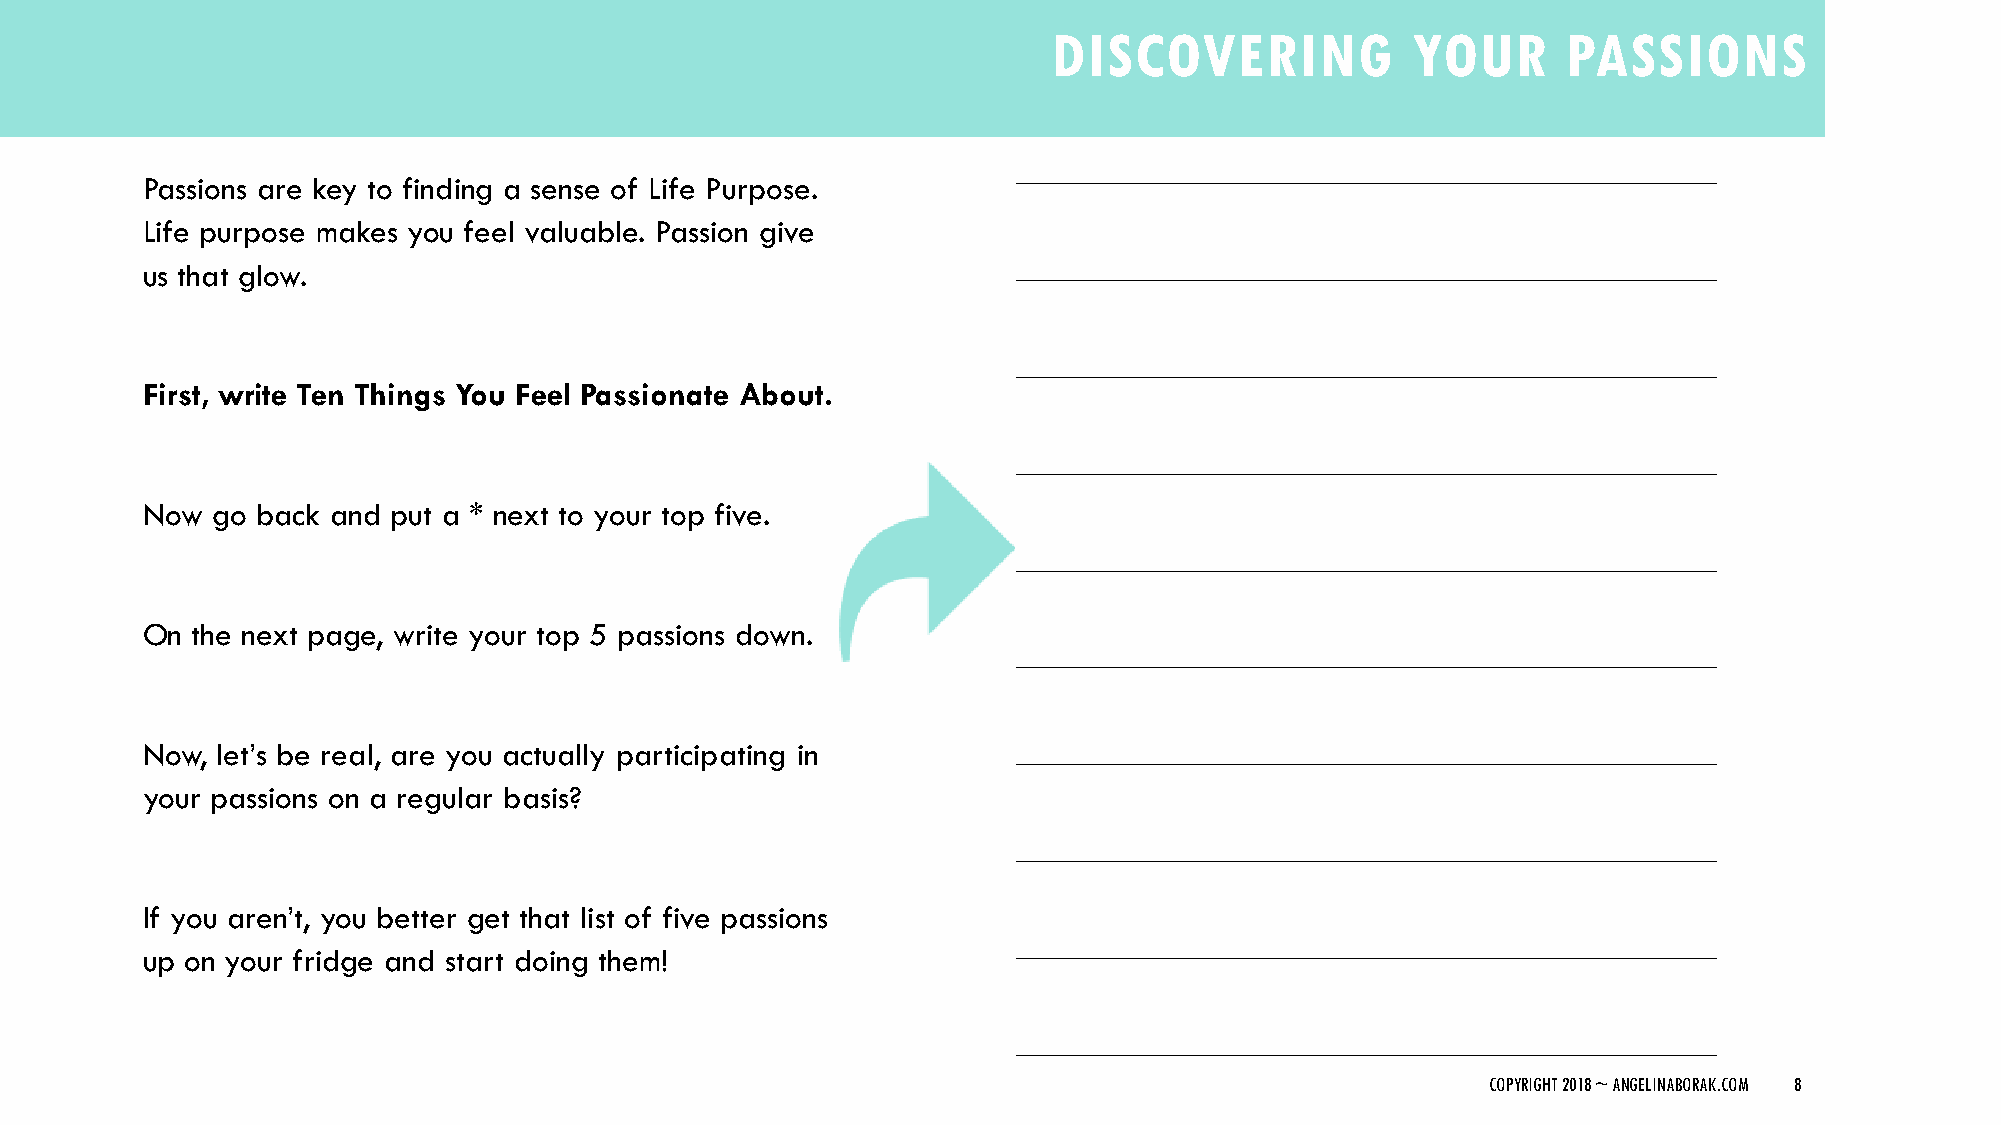
DISCOVERING            YOUR       PASSIONS
 _____________________________________________________________
 Passions are key to finding a sense of Life Purpose.
 Life purpose makes you feel valuable. Passion give
 us that glow.                                             _____________________________________________________________
 _____________________________________________________________
 First, write Ten Things You Feel Passionate About.
 _____________________________________________________________
 Now  go back and put a * next to your top five.
 _____________________________________________________________
 On  the next page, write your top 5 passions down.
 _____________________________________________________________
 Now, let’s be real, are you actually participating in     _____________________________________________________________
 your passions on a regular basis?
 _____________________________________________________________
 If you aren’t, you better get that list of five passions
 _____________________________________________________________
 up on your fridge and start doing them!
 _____________________________________________________________
 COPYRIGHT 2018 ~ ANGELINABORAK.COM 8